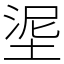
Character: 埿